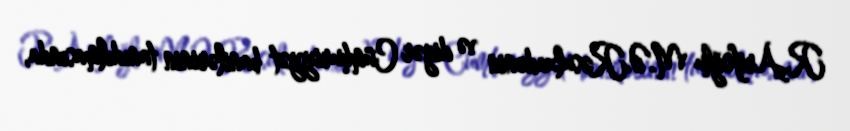
R.Arifoğlu M.Ə.Rəsulzadənin və digər Cümhuriyyət banilərinin tanıdılmasında,